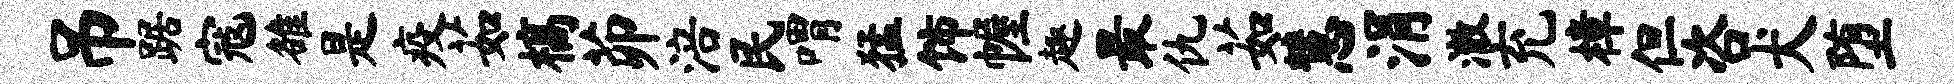
吊踞寇雒是疫茹槁茆涪民喟猛饰幄趣最仇茹慧涓澈充樟但咨犬堕